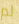
لم